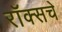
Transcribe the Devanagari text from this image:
रॉक्सचे